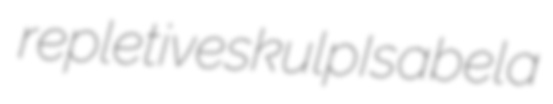
repletive skulp Isabela